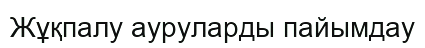
Жұқпалу ауруларды пайымдау